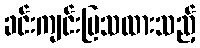
ခင်းကျင်းပြသထားသည့်